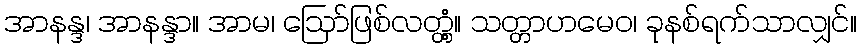
အာနန္ဒ၊ အာနန္ဒာ။ အာမ၊ ဩော်ဖြစ်လတ္တံ့။ သတ္တာဟမေဝ၊ ခုနစ်ရက်သာလျှင်။